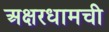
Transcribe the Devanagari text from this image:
अक्षरधामची